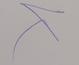
Signature authenticity: genuine